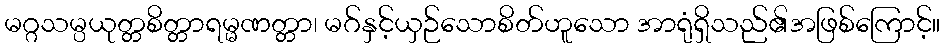
မဂ္ဂသမ္ပယုတ္တစိတ္တာရမ္မဏတ္တာ၊ မဂ်နှင့်ယှဉ်သောစိတ်ဟူသော အာရုံရှိသည်၏အဖြစ်ကြောင့်။